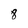
Character: 8